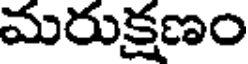
మరుక్షణం